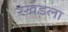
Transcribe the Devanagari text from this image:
रखडला